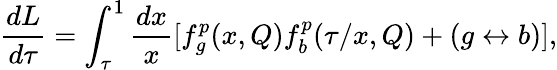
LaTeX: \frac{dL}{d\tau}=\int_{\tau}^{1}\frac{dx}{x}[f_{g}^{p}(x,Q)f_{b}^{p}(\tau/x,Q)+(g\leftrightarrow b)],